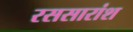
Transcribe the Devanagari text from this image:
रससारांश